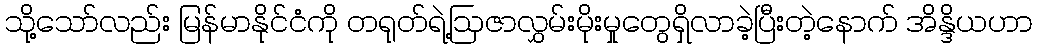
သို့သော်လည်း မြန်မာနိုင်ငံကို တရုတ်ရဲ့ဩဇာလွှမ်းမိုးမှုတွေရှိလာခဲ့ပြီးတဲ့နောက် အိန္ဒိယဟာ